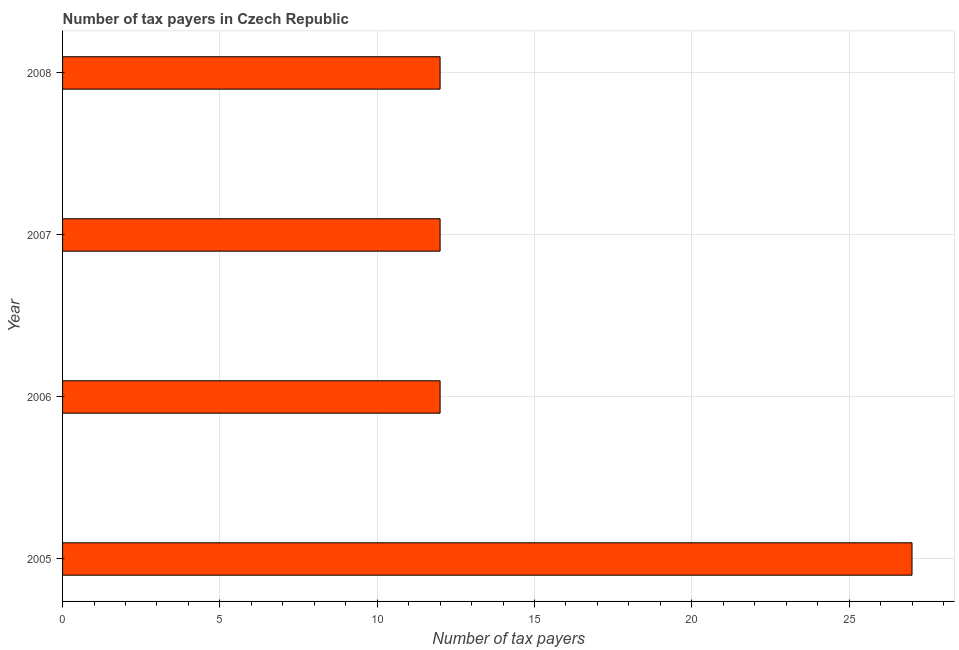
| Year | Tax payments |
 | --- | --- |
 | 2005 | 27 |
 | 2006 | 12 |
 | 2007 | 12 |
 | 2008 | 12 |